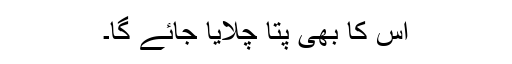
اس کا بھی پتا چلایا جائے گا۔